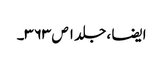
ایضا ، جلد ۱ ص ۳۶۳۔